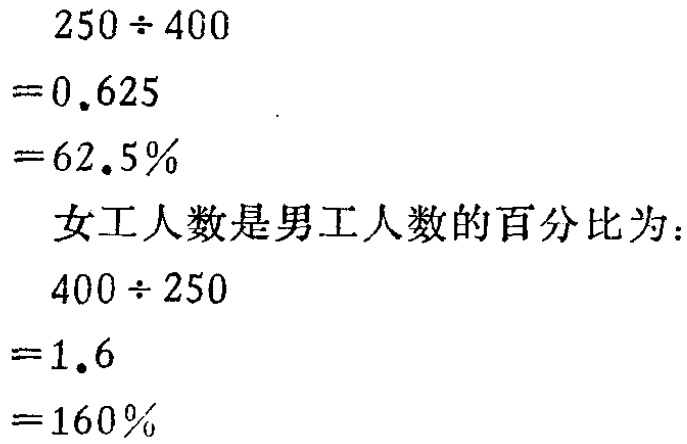
\[

\begin{align*}

250\div400&=0.625\\

&=62.5\%\\

\end{align*}

\]

女工人数是男工人数的百分比为：

\[

\begin{align*}

400\div250&=1.6\\

&=160\%

\end{align*}

\]